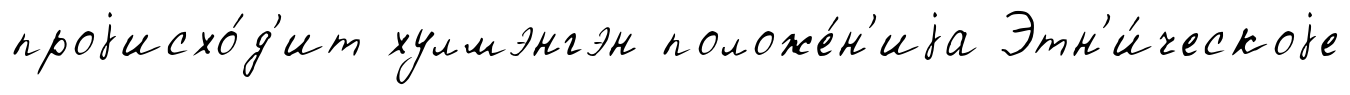
проjисхо́д'ит хулмэнгэн положе́н'иjа Этн'и́ческоjе